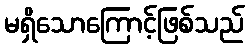
မရှိသောကြောင့်ဖြစ်သည်